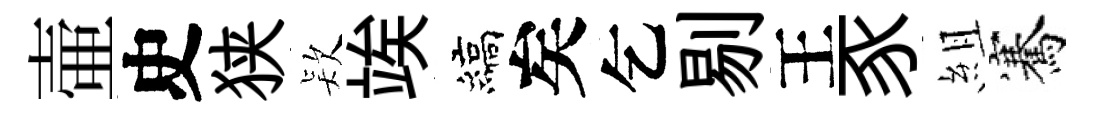
壷史狭𣣇竢縞矣乞剔王豕組騫